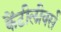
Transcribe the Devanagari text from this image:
कैंटीलीवर्स